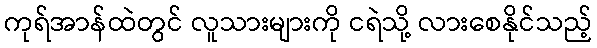
ကုရ်အာန်ထဲတွင် လူသားများကို ငရဲသို့ လားစေနိုင်သည့်